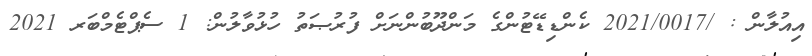
އިއުލާން : /2021/0017 ކެންޑިޑޭޓުންގެ މަންދޫބުންނަށް ފުރުޞަތު ހުޅުވާލުން: 1 ސެޕްޓެމްބަރ 2021